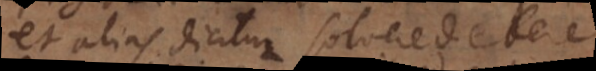
et alias dicitur solvere debere